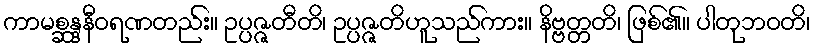
ကာမစ္ဆန္ဒနီဝရဏတည်း။ ဥပ္ပဇ္ဇတီတိ၊ ဥပ္ပဇ္ဇတိဟူသည်ကား။ နိဗ္ဗတ္တတိ၊ ဖြစ်၏။ ပါတုဘဝတိ၊